Annual report on the health of the army in India
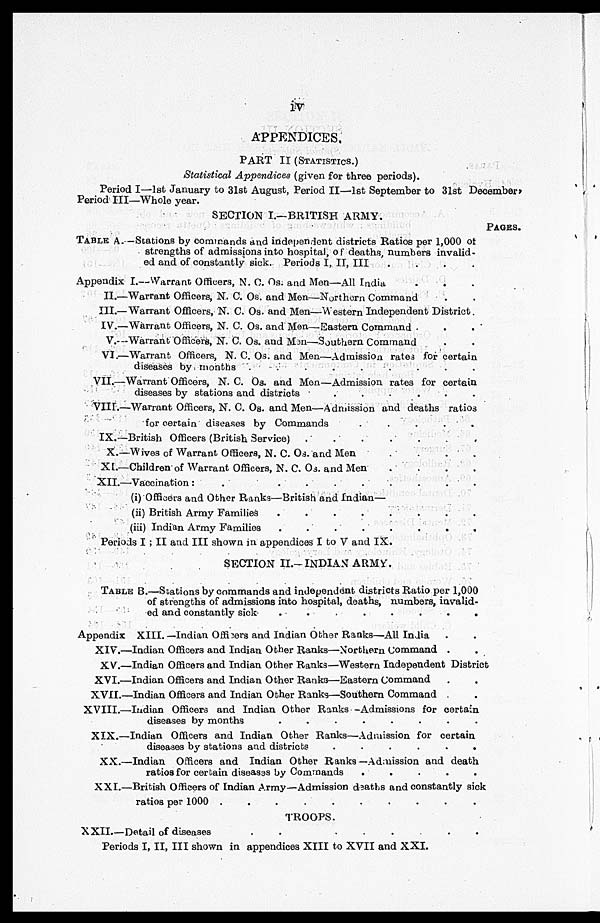
iv
APPENDICES.
PART II (STATISTICS.)
Statistical Appendices (given for three periods).
Period I—1st January to 31st August, Period II—1st September to 31st December,
Period III—Whole year.
SECTION I.— BRITISH ARMY.
PAGES.
TABLE A. — Stations by commands and independent districts Ratios per 1,000 of
strengths of admissions into hospital, o f deaths, numbers invalid
¬ed and of constantly sick. Periods I, II, III
Appendix I.— Warrant Officers, N. C. Os: and Men— All India
II.— Warrant Officers, N. C. Os. and Men— Northern Command
III.— Warrant Officers, N. C. Os. and Men— Western Independent District.
IV.— Warrant Officers, N. C. Os. and Men— Eastern Command
V.—Warrant Officers, N. C. Os. and Men— Southern Command
VI.— Warrant Officers, N. C. Os. and Men— Admission rates for certain
diseases by, months
, VII.— Warrant Officers, N. C. Os. and Men— Admission rates for certain
diseases by stations and districts
VIII.— Warrant Officers, N. C. Os. and Men— Admission and deaths ratios
for certain diseases by Commands
IX.— British Officers (British Service)
X.— Wives of Warrant Officers, N. C. 03. and Men
XI.— Children of Warrant Officers, N. C. Os. and Men
XII.— Vaccination :
(i) Officers and Other Ranks— British and Indian.
(ii) British Army Families
(iii) Indian Army Families
Periods I ; II and III shown in appendices I to V and IX.
SECTION II.— INDIAN ARMY.
TABLE B.— Stations by commands and independent districts Ratio per 1,000
of strengths of admissions into hospital, deaths, numbers, invalid
ed and constantly sick
Appendix XIII. — Indian Officers and Indian Other Ranks— All India
XIV.— Indian Officers and Indian Other Ranks— Northern Command
XV.— Indian Officers and Indian Other Ranks— Western Independent District
XVI.— Indian Officers and Indian Other Ranks— Eastern Command
XVII.— Indian Officers and Indian Other Ranks— Southern Command
XVIII.— Indian Officers and Indian Other Ranks — Admissions for certain
diseases by months
XIX.— Indian Officers and Indian Other Ranks— Admission for certain
diseases by stations and districts
XX.— Indian Officers and Indian Other Ranks — Admission and death
ratios for certain diseases by Commands
XXI.— British Officers of Indian Army — Admission deaths and constantly sick
ratios per 1000
TROOPS.
X XII.— Detail of diseases
Periods I, II, III shown in appendices XIII to XVII and XXI.